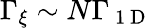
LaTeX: \Gamma_{\xi}\sim N\Gamma_{\mathrm{~1~D~}}